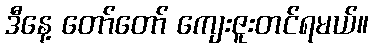
ဒီနေ့ တော်တော် ကျေးဇူးတင်ရမယ်။